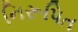
નિરૂપિત